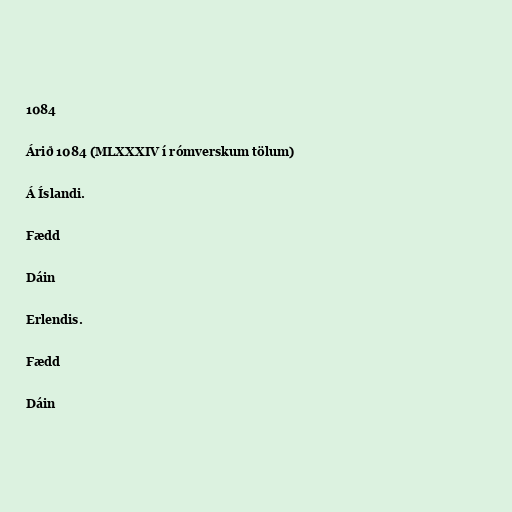
1084

Árið 1084 (MLXXXIV í rómverskum tölum)

Á Íslandi.

Fædd

Dáin

Erlendis.

Fædd

Dáin